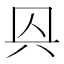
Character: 㒷